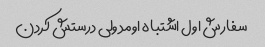
سفارش اول اشتباه اومد ولی درستش کردن